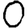
Digit: 0